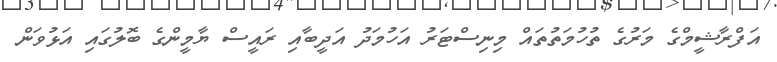
އަފްރާޝީމްގެ މަރުގެ ތުހުމަތުތައް މިނިސްޓަރު އަހުމަދު އަދީބާއި ރައީސް ޔާމީންގެ ބޮލުގައި އަޅުވަން